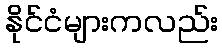
နိုင်ငံများကလည်း